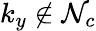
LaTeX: k_{y}\notin\mathcal{N}_{c}